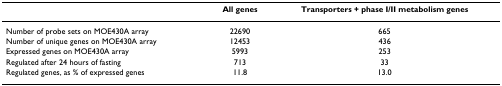
<table><thead><tr><td></td><td><b>All genes</b></td><td><b>Transporters + phase I/II metabolism genes</b></td></tr></thead><tbody><tr><td>Number of probe sets on MOE430A array</td><td>22690</td><td>665</td></tr><tr><td>Number of unique genes on MOE430A array</td><td>12453</td><td>436</td></tr><tr><td>Expressed genes on MOE430A array</td><td>5993</td><td>253</td></tr><tr><td>Regulated after 24 hours of fasting</td><td>713</td><td>33</td></tr><tr><td>Regulated genes, as % of expressed genes</td><td>11.8</td><td>13.0</td></tr></tbody></table>